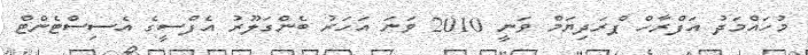
މުހައްމަދު އަފްރާހް ޕްރަދިޔަމް ވަނީ 2010 ވަނަ އަހަރު ބެންގަލޫރު އެފްސީގެ އެސިސްޓެންޓް